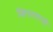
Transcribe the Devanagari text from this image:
ख्रिस्तवासी